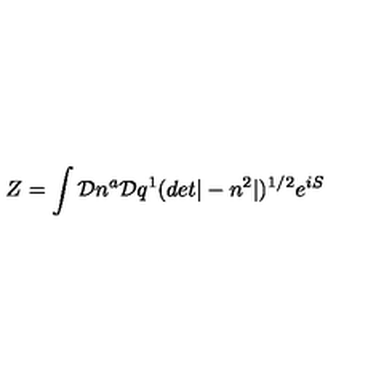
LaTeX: Z = \int { \cal D } n ^ { a } { \cal D } q ^ { 1 } ( d e t | - n ^ { 2 } | ) ^ { 1 / 2 } e ^ { i S }